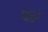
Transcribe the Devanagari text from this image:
पाऱ